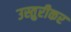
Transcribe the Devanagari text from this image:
उस्तुरीकर